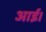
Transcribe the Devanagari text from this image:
आर्ई।